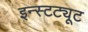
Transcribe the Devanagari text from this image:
इन्स्टट्यूट